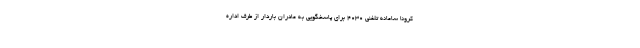
کرونا سامانه تلفنی ۴۰۳۰ برای پاسخگویی به مادران باردار از طرف اداره